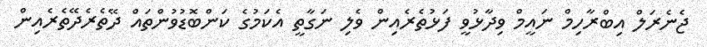
ޖެނެރަލް އިބްރާހިމް ނައީމް ވިދާޅުވީ ފަޅުތެރެއިން ވެލި ނަގާތީ އެކަމުގެ ކަންބޮޑުވުންތައް ދޭތެރެދޭތެރެއިން